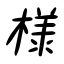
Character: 様